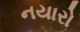
નયારો